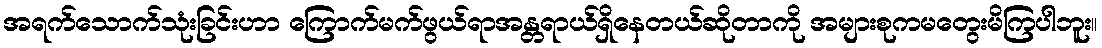
အရက်သောက်သုံးခြင်းဟာ ကြောက်မက်ဖွယ်ရာအန္တရာယ်ရှိနေတယ်ဆိုတာကို အများစုကမတွေးမိကြပါဘူး။